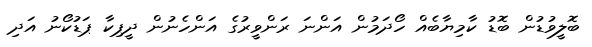
ބޮލީވުޑުން ބޮޑު ކާމިޔާބެއް ހޯދަމުން އަންނަ ރަންވީރުގެ އަންހެނުން ދީޕިކާ ޕަޑުކޯނު އަދި